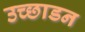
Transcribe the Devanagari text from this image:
उच्छाडन